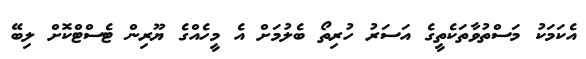
އެކަމަކު މަސްތުވާތަކެތީގެ އަސަރު ހުރިތޯ ބެލުމަށް އެ މީހެއްގެ ޔޫރިން ޓެސްޓްކޮށް ލިބޭ